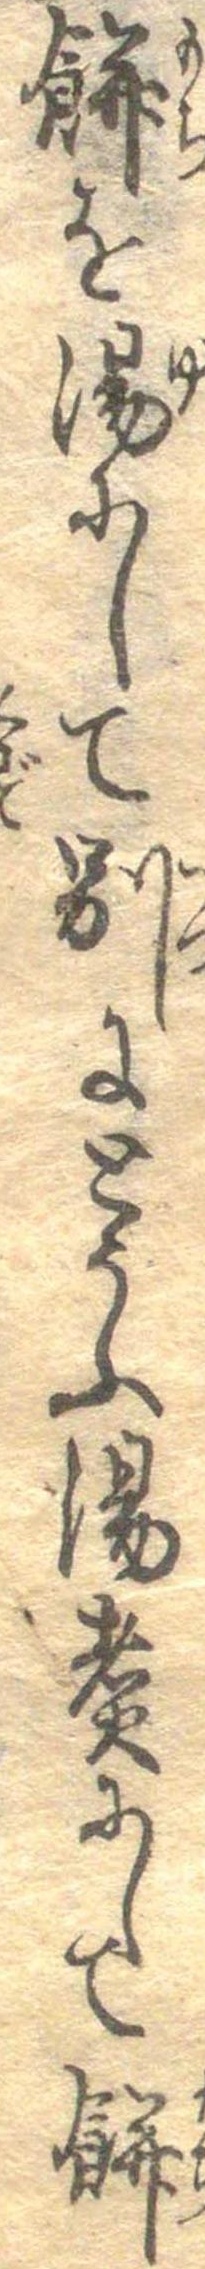
餅を湯にして別にとうふ湯煮にして餅